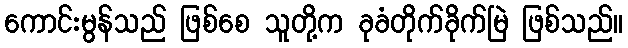
ကောင်းမွန်သည် ဖြစ်စေ သူတို့က ခုခံတိုက်ခိုက်မြဲ ဖြစ်သည်။